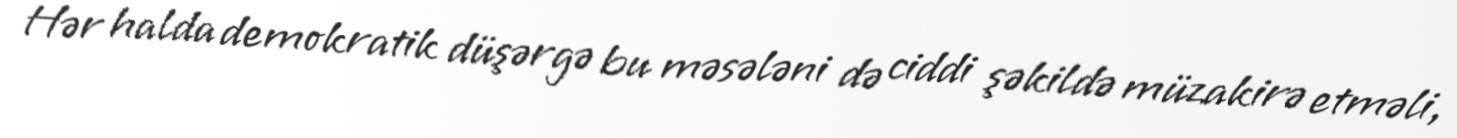
Hər halda demokratik düşərgə bu məsələni də ciddi şəkildə müzakirə etməli,